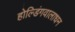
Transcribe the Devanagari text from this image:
होल्डिंगवालाधन